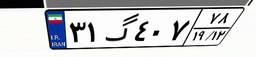
۳۱گ۴۰۷۷۸